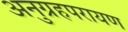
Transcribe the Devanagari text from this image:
अनुग्रहपरायण